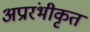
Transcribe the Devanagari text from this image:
अप्रारंभीकृत